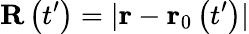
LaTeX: \mathbf{R}\left(t^{\prime}\right)=\vert\mathbf{r}-\mathbf{r}_{0}\left(t^{\prime}\right)\vert